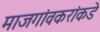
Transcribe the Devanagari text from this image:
माजगांवकरांकडे